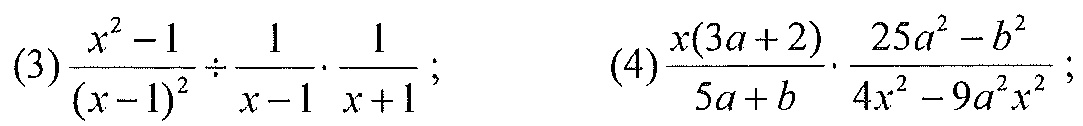
(3)\(\dfrac{x^{2}-1}{(x - 1)^{2}}\div\dfrac{1}{x - 1}\cdot\dfrac{1}{x + 1}\)；  (4)\(\dfrac{x(3a + 2)}{5a + b}\cdot\dfrac{25a^{2}-b^{2}}{4x^{2}-9a^{2}x^{2}}\)；